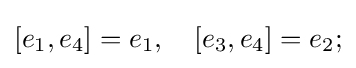
[e_{1},e_{4}]=e_{1},\quad [e_{3},e_{4}]=e_{2};